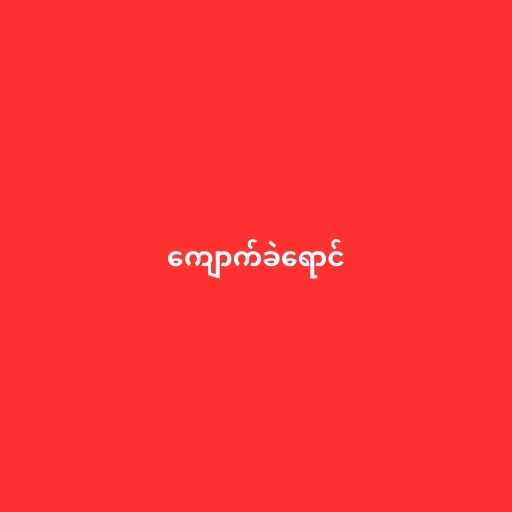
ကျောက်ခဲရောင်